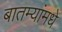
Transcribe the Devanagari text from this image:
बातम्यांमधे